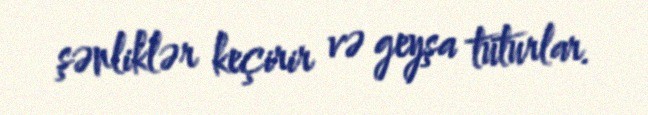
şənliklər keçirir və geyşa tuturlar.